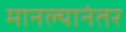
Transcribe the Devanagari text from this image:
मानल्यानंतर